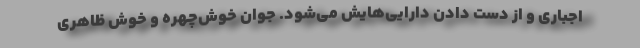
اجباری و از دست دادن دارایی‌هایش می‌شود. جوان خوش‌چهره و خوش ظاهری